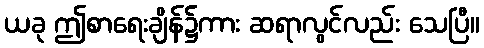
ယခု ဤစာရေးချိန်၌ကား ဆရာလွင်လည်း သေပြီ။